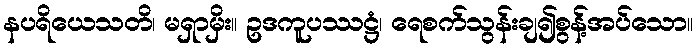
နပရိယေသတိ၊ မရှာမှိး။ ဥဒကူပဿဋ္ဌံ၊ ရေစက်သွန်းချ၍စွန့်အပ်သော။